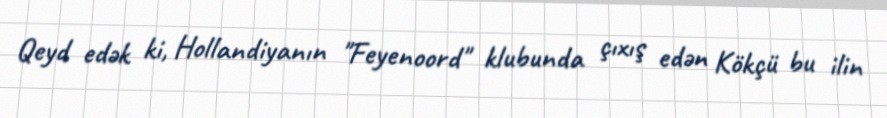
Qeyd edək ki, Hollandiyanın "Feyenoord" klubunda çıxış edən Kökçü bu ilin